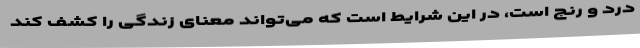
درد و رنج است، در این شرایط است که می‌تواند معنای زندگی را کشف کند